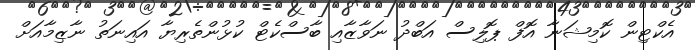
އެކްޓިން ކޮމިޝަނާ އޮފް ޕޮލިސް އަބްދު ނަވާޒާއި ބާސްކެޓް ކުޅުންތެރިޔާ އައިނަތު ނާޒިމާއަށް